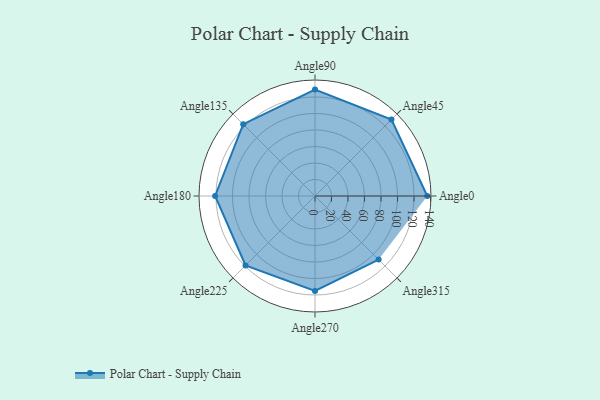
{"axis": {"x": "Angle", "y": "Radius"}, "legend": [""], "data": [{"x": "Angle0", "y": 136.0, "type": ""}, {"x": "Angle45", "y": 131.0, "type": ""}, {"x": "Angle90", "y": 129.0, "type": ""}, {"x": "Angle135", "y": 123.0, "type": ""}, {"x": "Angle180", "y": 121.0, "type": ""}, {"x": "Angle225", "y": 119.0, "type": ""}, {"x": "Angle270", "y": 115.0, "type": ""}, {"x": "Angle315", "y": 109.0, "type": ""}]}